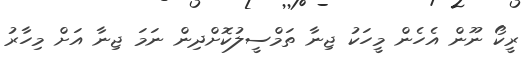
ރީކޯ ނޫން އެހެން މީހަކު ޖިނާ ތަމްސީލުކޮށްދިން ނަމަ ޖިނާ އަށް މިހާރު